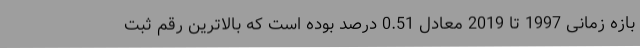
بازه زمانی 1997 تا 2019 معادل 0.51 درصد بوده است که بالاترین رقم ثبت